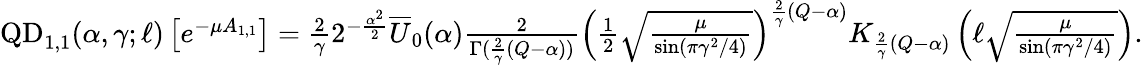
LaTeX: \begin{array}{r}{\mathrm{QD}_{1,1}(\alpha,\gamma;\ell)\left[e^{-\mu A_{1,1}}\right]=\frac{2}{\gamma}2^{-\frac{\alpha^{2}}{2}}\overline{U}_{0}(\alpha)\frac{2}{\Gamma(\frac{2}{\gamma}(Q-\alpha))}\left(\frac{1}{2}\sqrt{\frac{\mu}{\sin(\pi\gamma^{2}/4)}}\right)^{\frac{2}{\gamma}(Q-\alpha)}K_{\frac{2}{\gamma}(Q-\alpha)}\left(\ell\sqrt{\frac{\mu}{\sin(\pi\gamma^{2}/4)}}\right).}\end{array}